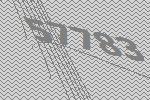
57783